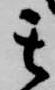
其